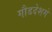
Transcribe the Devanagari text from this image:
गौडदेशमे